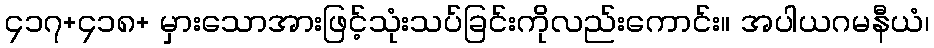
၄၁၇+၄၁၈+ မှားသောအားဖြင့်သုံးသပ်ခြင်းကိုလည်းကောင်း။ အပါယဂမနီယံ၊